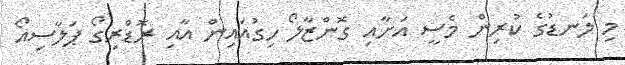
މި ލަނޑުގެ ކުރިން މެސީ އަށާއި ގޮންޒާލޯ ހިގުއައިން އާއި ރޮޑްރިގޯ ޕަލާސިއޯ